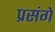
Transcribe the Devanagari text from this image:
प्रसंगे